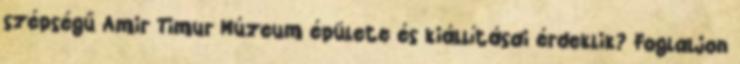
szépségű Amir Timur Múzeum épülete és kiállításai érdeklik? Foglaljon